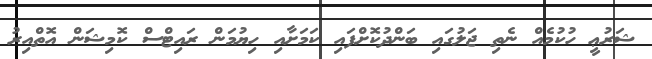
ޝަރުޢީ ހުކުމެއް ނެތި ޖަލުގައި ބަންދުކޮށްފައި ކަމަށާއި ހިޔުުމަން ރައިޓްސް ކޮމިޝަން އޮތްއިރު